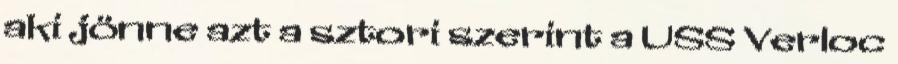
aki jönne azt a sztori szerint a USS Verloc